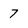
Character: 7